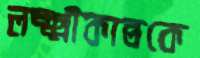
লক্ষ্মীকান্তকে